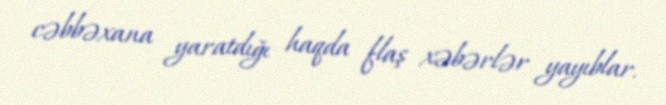
cəbbəxana yaratdığı haqda flaş xəbərlər yayıblar.